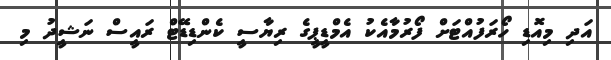
އަދި މިއޮޑި ހޯރަފުއްޓަށް ފޯރުމާއެކު އެމްޑީޕީގެ ރިޔާސީ ކެންޑިޑޭޓް ރައީސް ނަޝީދު މި